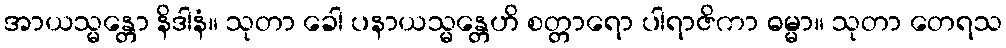
အာယသ္မန္တော နိဒါနံ။ သုတာ ခေါ ပနာယသ္မန္တေဟိ စတ္တာရော ပါရာဇိကာ ဓမ္မာ။ သုတာ တေရသ